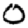
Digit: 0